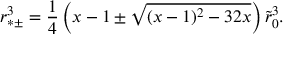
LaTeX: r _ { * \pm } ^ { 3 } = { \frac { 1 } { 4 } } \left( x - 1 \pm \sqrt { ( x - 1 ) ^ { 2 } - 3 2 x } \right) \tilde { r } _ { 0 } ^ { 3 } .